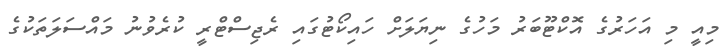
މިއީ މި އަހަރުގެ އޮކްޓޫބަރު މަހުގެ ނިޔަލަށް ހައިކޯޓުގައި ރެޖިސްޓްރީ ކުރެވުނު މައްސަލަތަކުގެ